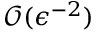
\mathcal { O } ( \epsilon ^ { - 2 } )